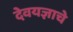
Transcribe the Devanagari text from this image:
देवयज्ञाचे